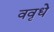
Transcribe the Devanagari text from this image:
ववृधे